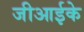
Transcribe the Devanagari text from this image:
जीआईके